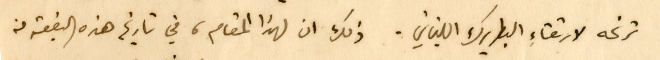
ترنحه لارتقاءِ البطريرك اللبناني. ذلك ان لهذا المقام، في تاريخ هذه البقعه من